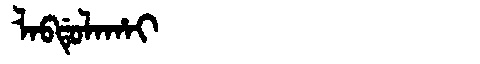
Manchu: ᠯᠠᠪᡩᡠᠯᠠᡥᠠᡳ
Romanization: LABDULAHAI